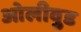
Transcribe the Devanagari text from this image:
ओलीवुड